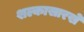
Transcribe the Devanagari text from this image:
शल्कासारखे